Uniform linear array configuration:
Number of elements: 32
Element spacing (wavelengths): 0.75
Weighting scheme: binomial
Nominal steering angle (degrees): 30
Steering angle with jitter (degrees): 31.581
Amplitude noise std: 0.05
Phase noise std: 0.05

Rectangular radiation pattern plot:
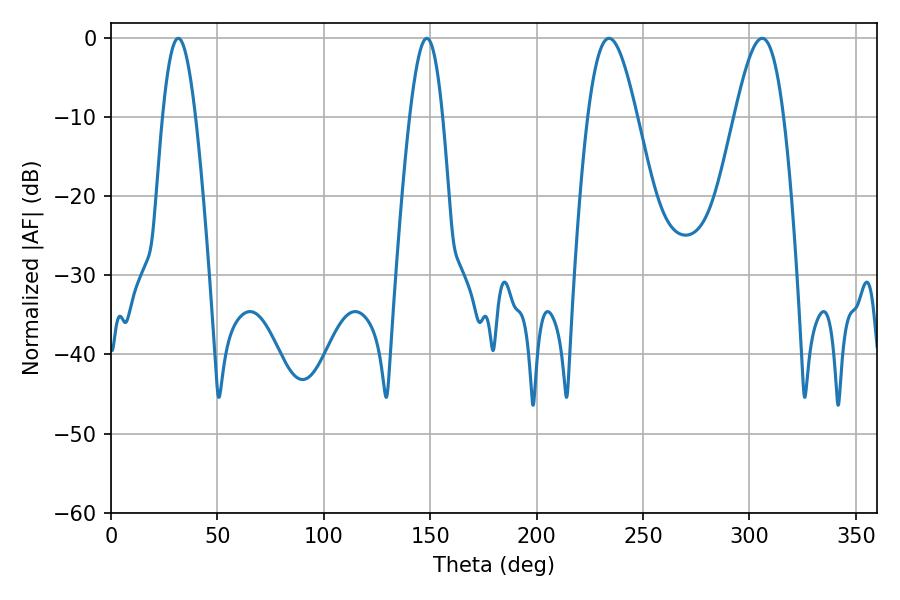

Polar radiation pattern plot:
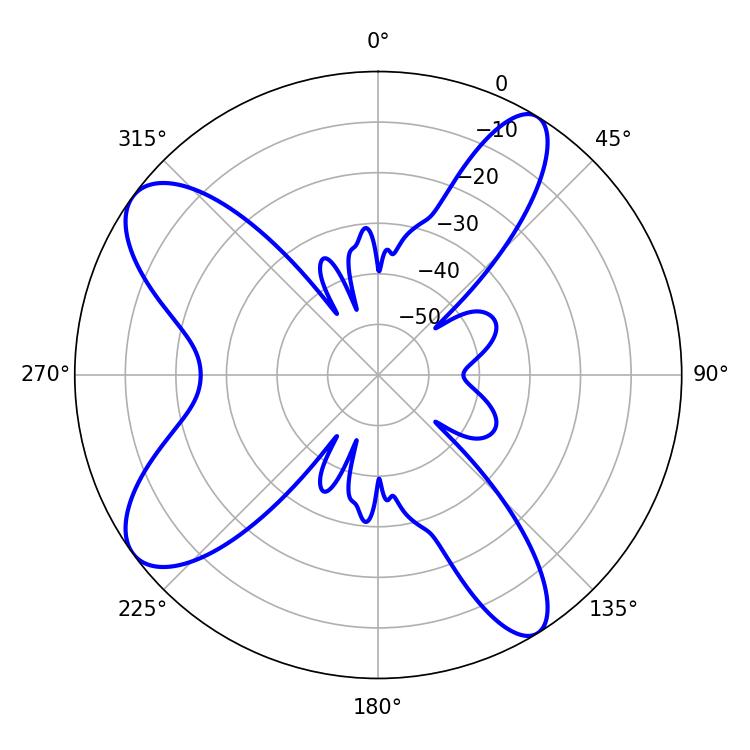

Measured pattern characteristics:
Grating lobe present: TRUE
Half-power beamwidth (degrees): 12.42
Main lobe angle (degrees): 234